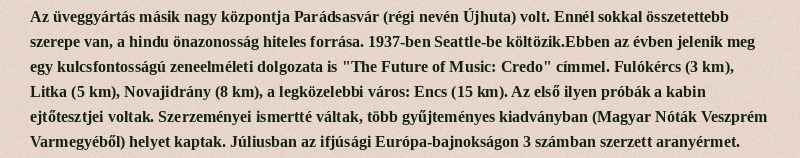
Az üveggyártás másik nagy központja Parádsasvár (régi nevén Újhuta) volt. Ennél sokkal összetettebb szerepe van, a hindu önazonosság hiteles forrása. 1937-ben Seattle-be költözik.Ebben az évben jelenik meg egy kulcsfontosságú zeneelméleti dolgozata is "The Future of Music: Credo" címmel. Fulókércs (3 km), Litka (5 km), Novajidrány (8 km), a legközelebbi város: Encs (15 km). Az első ilyen próbák a kabin ejtőtesztjei voltak. Szerzeményei ismertté váltak, több gyűjteményes kiadványban (Magyar Nóták Veszprém Varmegyéből) helyet kaptak. Júliusban az ifjúsági Európa-bajnokságon 3 számban szerzett aranyérmet.